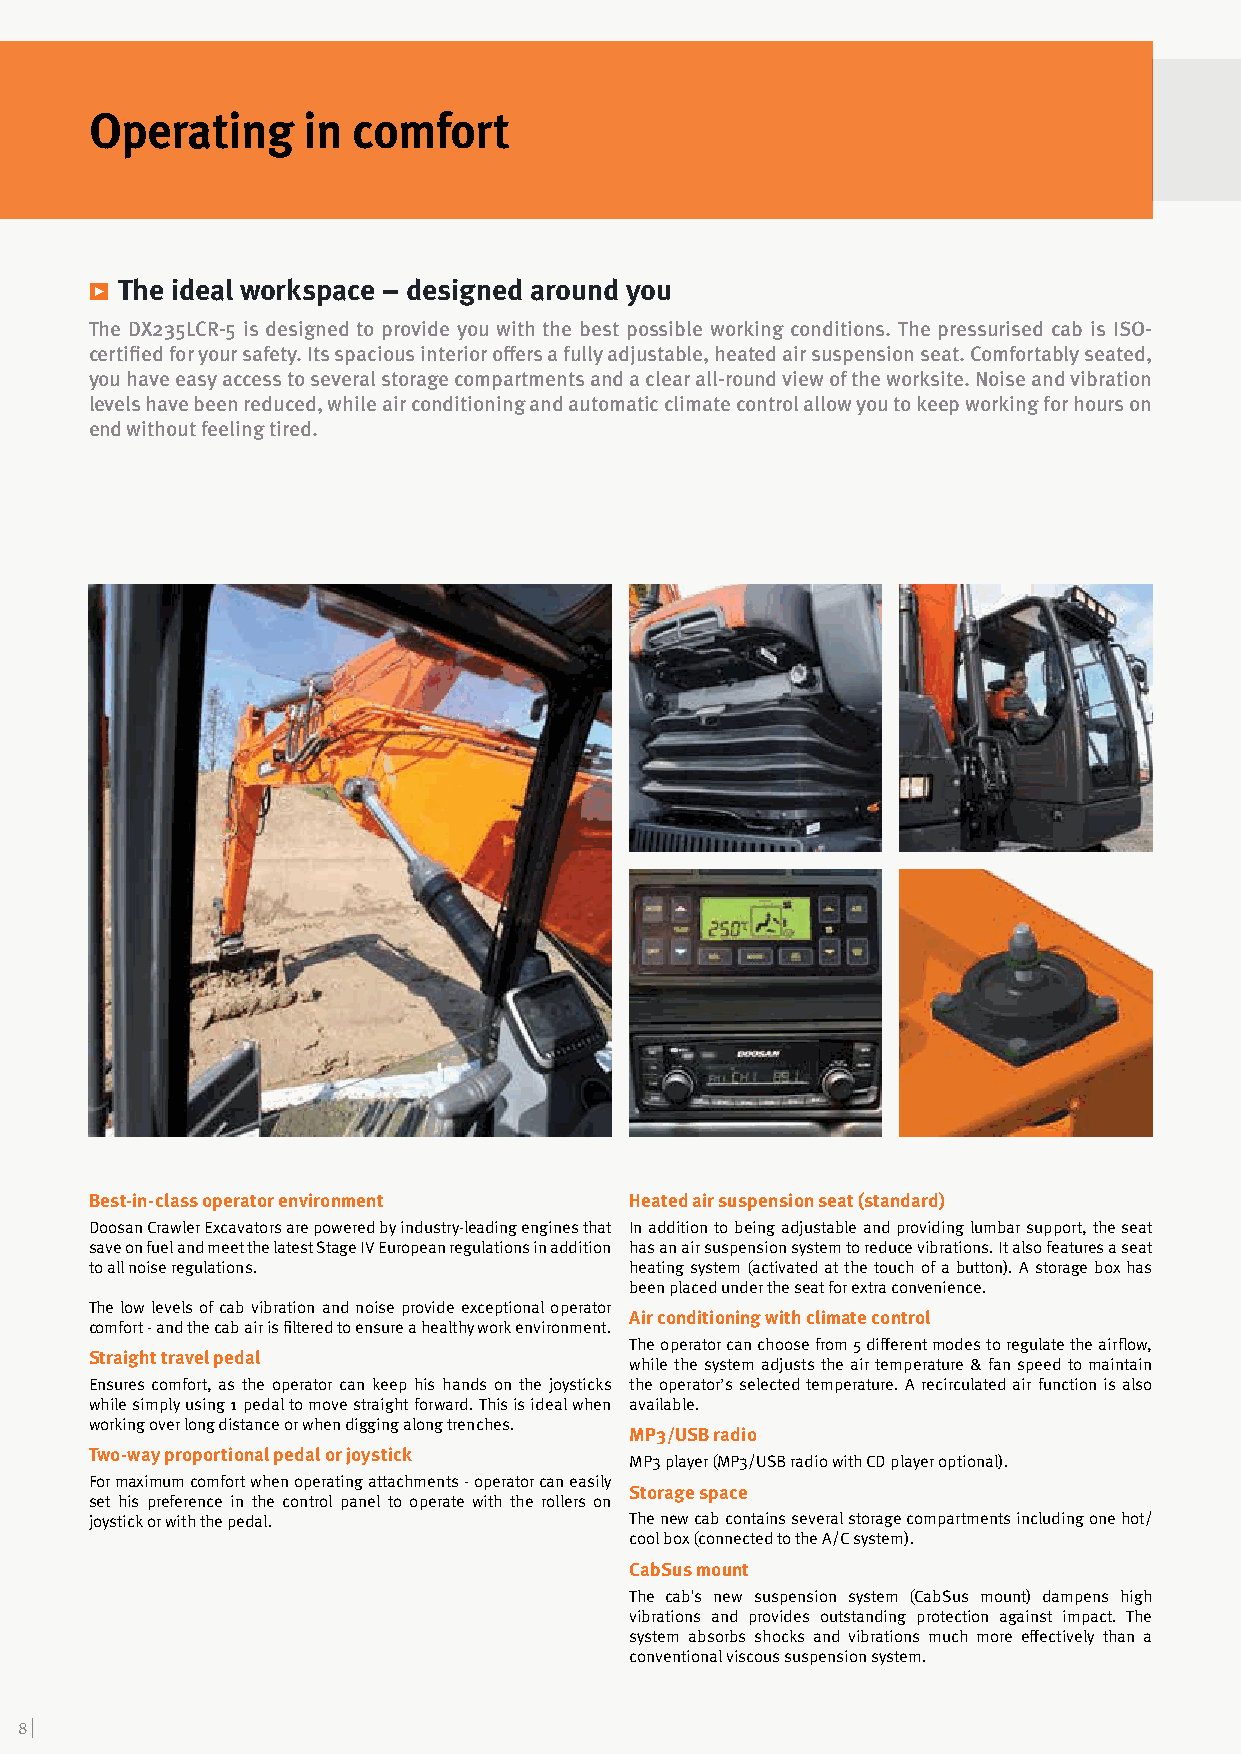
Operating     in comfort
 ѓ The ideal workspace – designed around you
 The DX235LCR-5 is designed to provide you with the best possible working conditions. The pressurised cab is ISO-
 certified for your safety. Its spacious interior offers a fully adjustable, heated air suspension seat. Comfortably seated,
 you have easy access to several storage compartments and a clear all-round view of the worksite. Noise and vibration
 levels have been reduced, while air conditioning and automatic climate control allow you to keep working for hours on
 end without feeling tired.
 Best-in-class operator environment  Heated air suspension seat (standard)
 Doosan Crawler Excavators are powered by industry-leading engines that In addition to being adjustable and providing lumbar support, the seat
 save on fuel and meet the latest Stage IV European regulations in addition has an air suspension system to reduce vibrations. It also features a seat
 to all noise regulations.           heating system (activated at the touch of a button). A storage box has
 been placed under the seat for extra convenience.
 The low levels of cab vibration and noise provide exceptional operator
 Air conditioning with climate control
 comfort - and the cab air is filtered to ensure a healthy work environment.
 The operator can choose from 5 different modes to regulate the airflow,
 Straight travel pedal
 while the system adjusts the air temperature & fan speed to maintain
 Ensures comfort, as the operator can keep his hands on the joysticks the operator’s selected temperature. A recirculated air function is also
 while simply using 1 pedal to move straight forward. This is ideal when available.
 working over long distance or when digging along trenches.
 MP3/USB radio
 Two-way proportional pedal or joystick
 MP3 player (MP3/USB radio with CD player optional).
 For maximum comfort when operating attachments - operator can easily
 Storage space
 set his preference in the control panel to operate with the rollers on
 joystick or with the pedal.         The new cab contains several storage compartments including one hot/
 cool box (connected to the A/C system).
 CabSus mount
 The cab's new suspension system (CabSus mount) dampens high
 vibrations and provides outstanding protection against impact. The
 system absorbs shocks and vibrations much more effectively than a
 conventional viscous suspension system.
 8 |